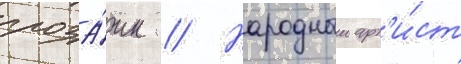
проза́ик // Народныи арт'и́ст